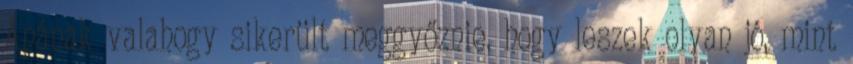
Apának valahogy sikerült meggyőznie, hogy leszek olyan jó, mint